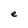
Character: e